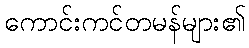
ကောင်းကင်တမန်များ၏